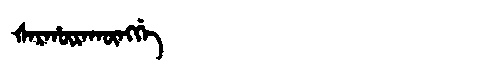
Manchu: ᡧᠠᡵᡥᡡᡵᠠᡴᡡᠩᡤᡝ
Romanization: ŠARHŪRAKŪNGGE